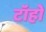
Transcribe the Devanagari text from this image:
टॉहो